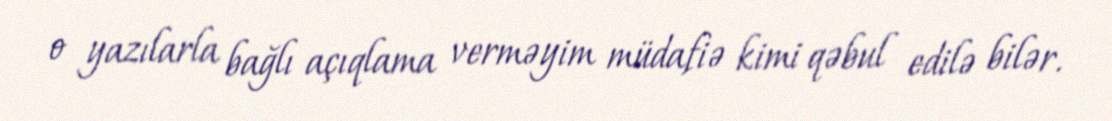
o yazılarla bağlı açıqlama verməyim müdafiə kimi qəbul edilə bilər.